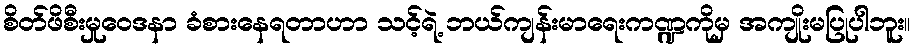
စိတ်ဖိစီးမှုဝေဒနာ ခံစားနေရတာဟာ သင့်ရဲ့ ဘယ်ကျန်းမာရေးကဏ္ဍကိုမှ အကျိုးမပြုပါဘူး။